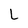
Character: L